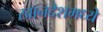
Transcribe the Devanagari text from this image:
खानदेशमध्ये